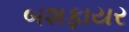
બશફાયર